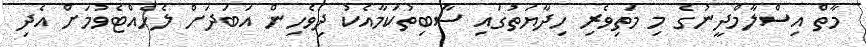
މާތް އިސްލާމްދީނުގެ މި މަތިވެރި ހިދާޔަތުގައި ސާބިތުކަމާއެކު ދިވެހިން އަބަދަށް ލެހެއްޓެވުމަށް އެދި